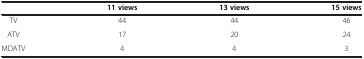
<table><thead><tr><td><b> </b></td><td><b>11 views</b></td><td><b>13 views</b></td><td><b>15 views</b></td></tr></thead><tbody><tr><td>TV</td><td>44</td><td>44</td><td>46</td></tr><tr><td>ATV</td><td>17</td><td>20</td><td>24</td></tr><tr><td>MDATV</td><td>4</td><td>4</td><td>3</td></tr></tbody></table>